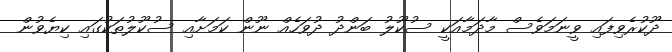
ދޫކުރެވިފައި ވީނަމަވެސް މާދަމާއަކީ ސުކޫލު ބަންދު ދުވަހެއް ނޫން ކަމަށާއި ސުކޫލުތަކުގައި ކިޔެވުން